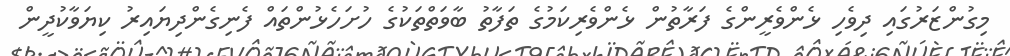
މިގުންޒަރުގައި ދިވެހި ޅެންވެރީންގެ ފަރާތުން ޅެންވެރިކަމުގެ ތަފާތު ބާވަތްތަކުގެ ހުށަހެޅުންތައް ފެނިގެންދިޔައިރު ކިޔަވާކުދީން